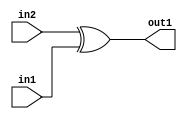
`timescale 1ps / 1ps
/*****************************************************************************
    Verilog RTL Description
    
    
    Created by: Stratus DpOpt 21.05.01 
*******************************************************************************/

module Filter_Xor_1Ux1U_1U_4 (
	in2,
	in1,
	out1
	); /* architecture "behavioural" */ 
input  in2,
	in1;
output  out1;
wire  asc001;

assign asc001 = 
	(in2)
	^(in1);

assign out1 = asc001;
endmodule

/* CADENCE  urX1SAg= : u9/ySxbfrwZIxEzHVQQV8Q== ** DO NOT EDIT THIS LINE ******/